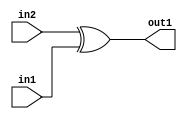
`timescale 1ps / 1ps
/*****************************************************************************
    Verilog RTL Description
    
    
    Created by: Stratus DpOpt 21.05.01 
*******************************************************************************/

module Filter_Xor_1Ux1U_1U_4 (
	in2,
	in1,
	out1
	); /* architecture "behavioural" */ 
input  in2,
	in1;
output  out1;
wire  asc001;

assign asc001 = 
	(in2)
	^(in1);

assign out1 = asc001;
endmodule

/* CADENCE  urX1SAg= : u9/ySxbfrwZIxEzHVQQV8Q== ** DO NOT EDIT THIS LINE ******/